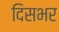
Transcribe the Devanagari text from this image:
दिसभर